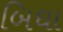
બિઘા